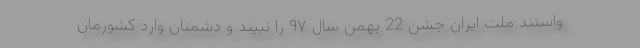
واستند ملت ایران جشن 22 بهمن سال ۹۷ را نبیند و دشمنان وارد کشورمان